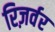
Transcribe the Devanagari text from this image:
रिज़र्वर